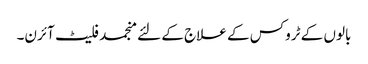
بالوں کے ٹروکس کے علاج کے لئے منجمد فلیٹ آئرن۔